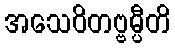
အသေဝိတဗ္ဗမ္ပီတိ